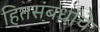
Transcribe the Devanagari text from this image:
हितसंबधांचे